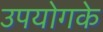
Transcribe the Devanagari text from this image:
उपयोगके